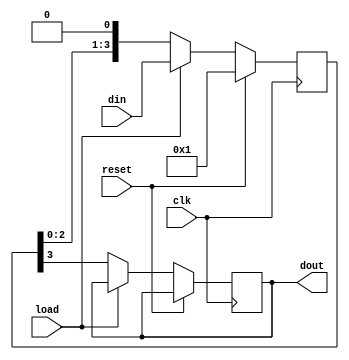
`timescale 1ns / 1ps
//////////////////////////////////////////////////////////////////////////////////
// Company: 
// Engineer: 
// 
// Design Name: 
// Module Name: piso
// Project Name: 
// Target Devices: 
// Tool Versions: 
// Description: 
// 
// Dependencies: 
// 
// Revision:
// Revision 0.01 - File Created
// Additional Comments:
// 
//////////////////////////////////////////////////////////////////////////////////


module piso ( din ,clk ,reset ,load ,dout );

output dout ;
reg dout ;

input [3:0] din ;
wire [3:0] din ;
input clk ;
wire clk ;
input reset ;
wire reset ;
input load ;
wire load ;

reg [3:0]temp;

always @ (posedge (clk)) begin
 if (reset)
  temp <= 1;
 else if (load)
  temp <= din;
 else begin
  dout <= temp[3];
  temp <= {temp[2:0],1'b0};
 end
end

endmodule